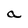
Character: a